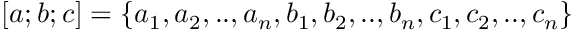
[ a ; b ; c ] = \{ a _ { 1 } , a _ { 2 } , . . , a _ { n } , b _ { 1 } , b _ { 2 } , . . , b _ { n } , c _ { 1 } , c _ { 2 } , . . , c _ { n } \}